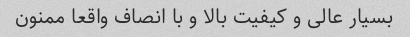
بسیار عالی و کیفیت بالا و با انصاف واقعا ممنون